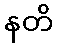
နတိ